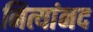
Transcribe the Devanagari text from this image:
नित्यांनद